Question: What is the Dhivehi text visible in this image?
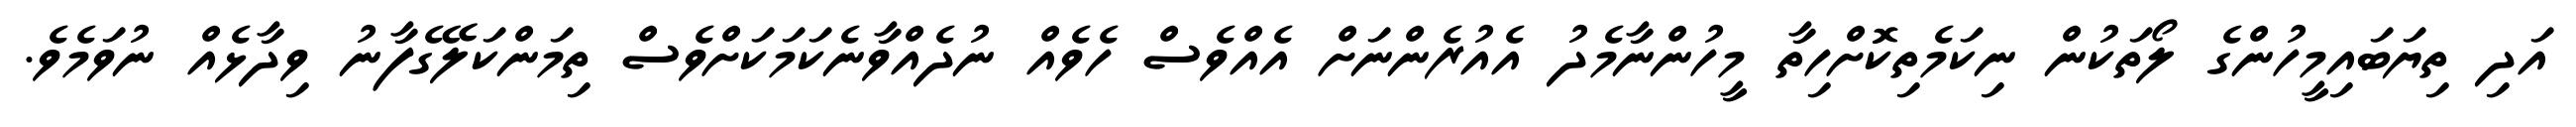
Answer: އަދި ތިޔަބައިމީހުންގެ ލޯތަކުން ނިކަމެތިކޮށްހިތާ މީހުންނާމެދު އެއުރެންނަށް އެއްވެސް ހެވެއް ނުދެއްވާނެކަމަކަށްވެސް ތިމަންކަލޭގެފާނު ވިދާޅެއް ނުވަމެވެ.